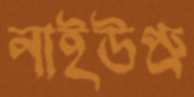
নাইউপ্রু